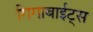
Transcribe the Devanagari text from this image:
गिगाबाईट्स